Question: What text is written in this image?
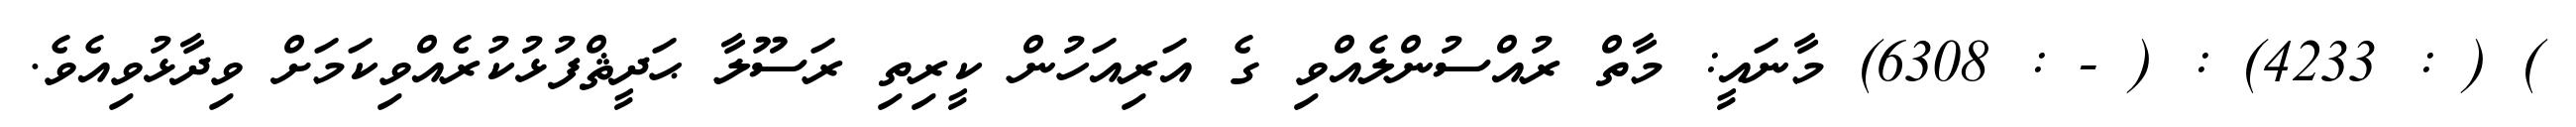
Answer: ) ( : 4233) : ( - : 6308) މާނައީ: މާތް ރުއްސުންލެއްވި ގެ އަރިއަހުން ކީރިތި ރަސޫލާ ޙަދީޘްފުޅުކުރެއްވިކަމަށް ވިދާޅުވިއެވެ.